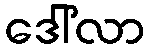
ဒေါ်လာ